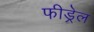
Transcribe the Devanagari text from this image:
फीड्रेल